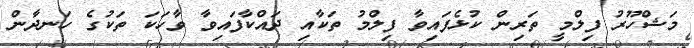
މަޝްހޫރު ފިލްމީ ތަރިން ކުޅެފައިވާ ފިލްމު ތަކާއި ދައްކާފައިވާ ވާހަކަ ތަކުގެ ހަނދާން